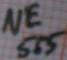
Text: NE555